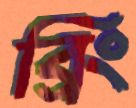
ব্রিং